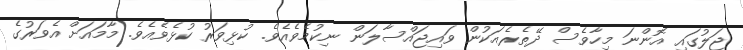
ޖަލުގައި އޮންނަ މިހާވެސް ދޭތެރެއަކުން ވައިޖައްސާލަން ނިކުމެވެއެވެ. ކުޅިވަރު ކުޅެވެއެވެ. މާމައަށް އެވަރުގެ